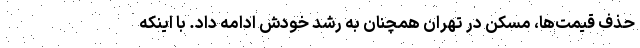
حذف قیمت‌ها، مسکن در تهران همچنان به رشد خودش ادامه داد. با اینکه